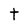
Character: t